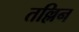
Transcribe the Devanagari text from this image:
तल्लिन